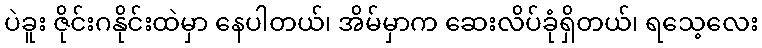
ပဲခူး ဇိုင်းဂနိုင်းထဲမှာ နေပါတယ်၊ အိမ်မှာက ဆေးလိပ်ခုံရှိတယ်၊ ရသေ့လေး